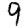
Digit: 9